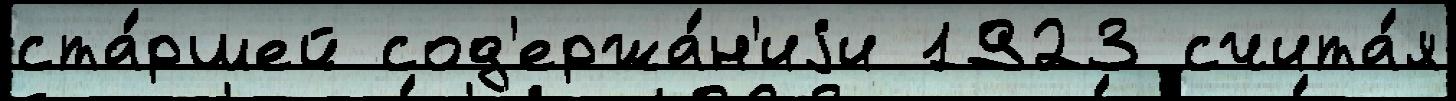
ста́ршей сод'ержа́н'иjи 1923 счита́я